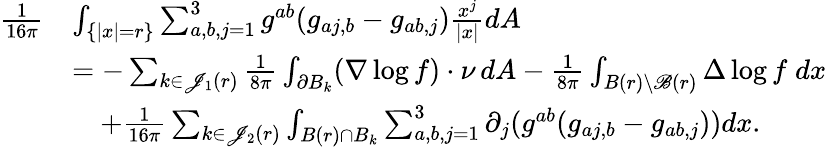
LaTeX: \begin{array}{rl}{\frac{1}{16\pi}}&{\int_{\{ |x|=r\} }\sum_{a,b,j=1}^{3}{g}^{ab}({g}_{aj,b}-{g}_{ab,j})\frac{x^{j}}{|x|}dA}\\ &{=-\sum_{k\in\mathscr J_{1}(r)}\frac{1}{8\pi}\int_{\partial B_{k}}(\nabla\log f)\cdot\nu\, dA-\frac 1{8\pi}\int_{B(r)\setminus\mathscr B(r)}\Delta\log f\; dx}\\ &{\quad+\frac 1{16\pi}\sum_{k\in\mathscr J_{2}(r)}\int_{B(r)\cap B_{k}}\sum_{a,b,j=1}^{3}\partial_{j}({g}^{ab}({g}_{aj,b}-{g}_{ab,j}))dx.}\end{array}